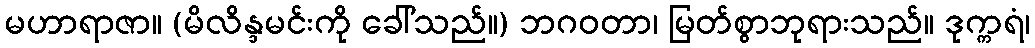
မဟာရာဇာ။ (မိလိန္ဒမင်းကို ခေါ်သည်။) ဘဂဝတာ၊ မြတ်စွာဘုရားသည်။ ဒုက္ကရံ၊